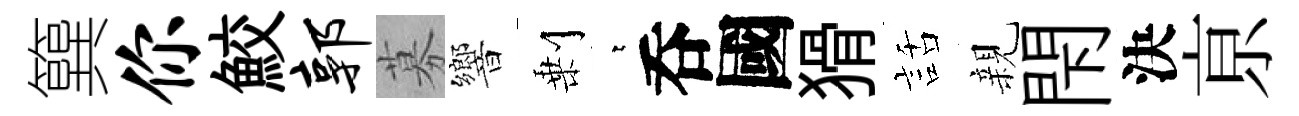
簨你鮫郭募響剰萋呑國猾話親閇決亰